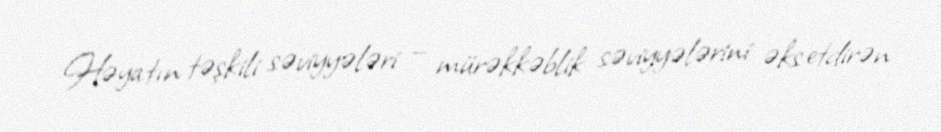
Həyatın təşkili səviyyələri — mürəkkəblik səviyyələrini əks etdirən